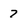
Character: 7